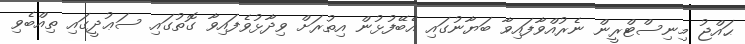
ޙައްޖު މިނިސްޓްރީން ނެރުއްވާފައިވާ ބަޔާނުގައި އެބޭފުޅުން އިތުރަށް ވިދާޅުވެފައިވާ ގޮތުގައި ސަޢުދީގައި ތިއްބެވި